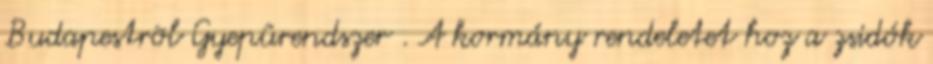
Budapestrõl Gyepûrendszer . A kormány rendeletet hoz a zsidók